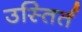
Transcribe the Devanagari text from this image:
उस्तिर्त